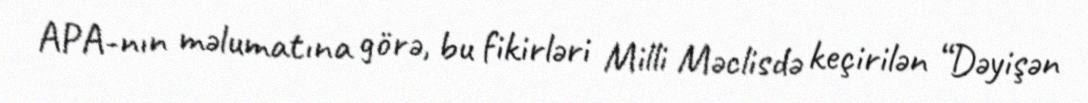
APA-nın məlumatına görə, bu fikirləri Milli Məclisdə keçirilən “Dəyişən